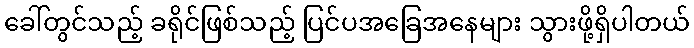
ခေါ်တွင်သည့် ခရိုင်ဖြစ်သည့် ပြင်ပအခြေအနေများ သွားဖို့ရှိပါတယ်